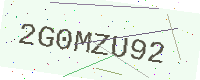
Text: 2G0MZU92